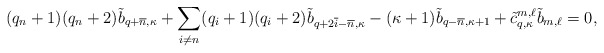
\begin{align*}(q_n +1) (q_n +2) \tilde b_{q+ \overline{n}, \kappa} + \sum_{i \neq n} (q_i + 1) (q_i + 2) \tilde b_{q+ 2 \overline{i} - \overline n, \kappa} - (\kappa +1) \tilde b_{q- \overline{n}, \kappa+1} + \tilde c^{m,\ell} _{q,\kappa} \tilde b_{m,\ell} = 0,\end{align*}